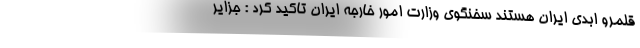
قلمرو ابدی ایران هستند سخنگوی وزارت امور خارجه ایران تاکید کرد : جزایر